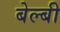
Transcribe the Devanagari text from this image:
बेल्बी